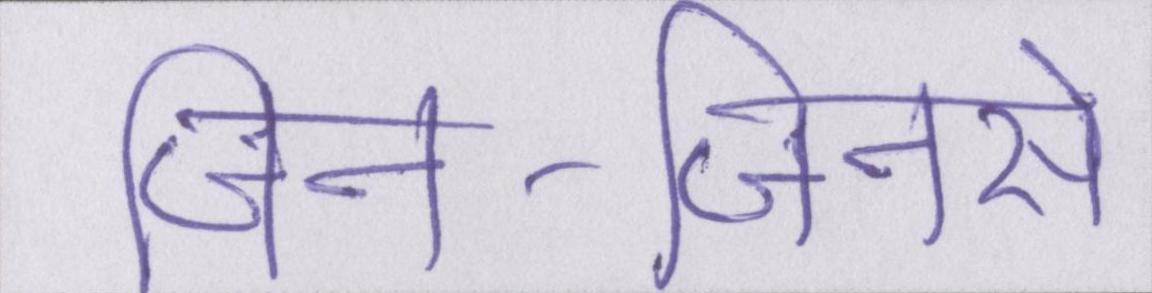
जिन-जिनसे